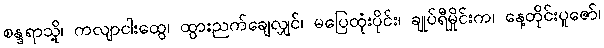
စန္ဒရာသို့၊ ကလျာငါးထွေ၊ ထွားညက်ချေလျှင်၊ မပြေထုံးပိုင်း၊ ချုပ်ရီမှိုင်းက၊ နေ့တိုင်းပူဇော်၊